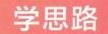
学思路